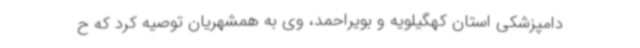
دامپزشکی استان کهگیلویه و بویراحمد، وی به همشهریان توصیه کرد که ح